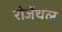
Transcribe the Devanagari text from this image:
रोजेंथल